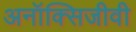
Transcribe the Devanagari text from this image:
अनॉक्सिजीवी